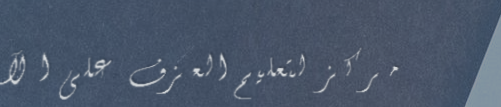
مركز لتعليم العزف على الآ